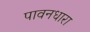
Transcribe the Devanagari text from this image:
पावनधारा